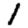
Digit: 1